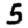
Digit: 5